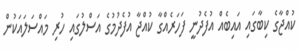
ކުއްޖާގެ ކިބާގައި އައިބެއް އުފެދުނީ ފަހަރެއްގާ ކުއްޖާ އުފެދުމުގެ އަސްލުގައި ހުރި މައްސަލައަކުން